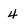
Character: 4